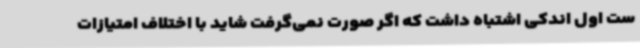
ست اول اندکی اشتباه داشت که اگر صورت نمی‌گرفت شاید با اختلاف امتیازات